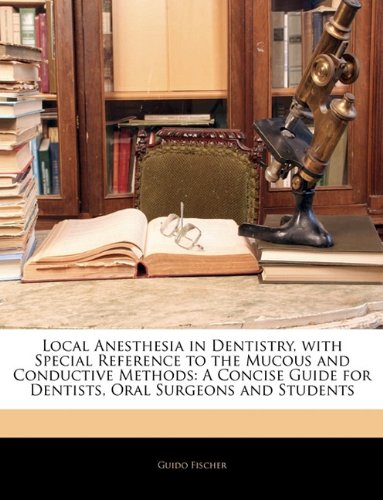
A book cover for Local Anesthesia in Dentistry, with Special Reference to the Mucous and Conductive Methods: A Concise Guide for Dentists, Oral Surgeons and Students; Guido Fischer; Medical Books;